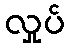
လှုပ်